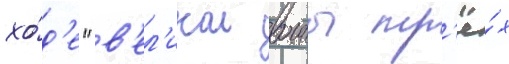
хо́д'е "в'ел'икои воины тр'ё́х